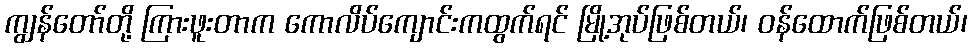
ကျွန်တော်တို့ ကြားဖူးတာက ကောလိပ်ကျောင်းကထွက်ရင် မြို့အုပ်ဖြစ်တယ်၊ ဝန်ထောက်ဖြစ်တယ်၊